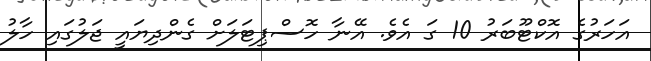
އަހަރުގެ އޮކްޓޫބަރު 10 ގަ އެވެ. އޭނާ ހޮސްޕިޓަލަށް ގެންދިޔައީ ޖަލުގައި ހާލު